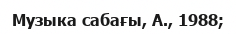
Музыка сабағы, А., 1988;